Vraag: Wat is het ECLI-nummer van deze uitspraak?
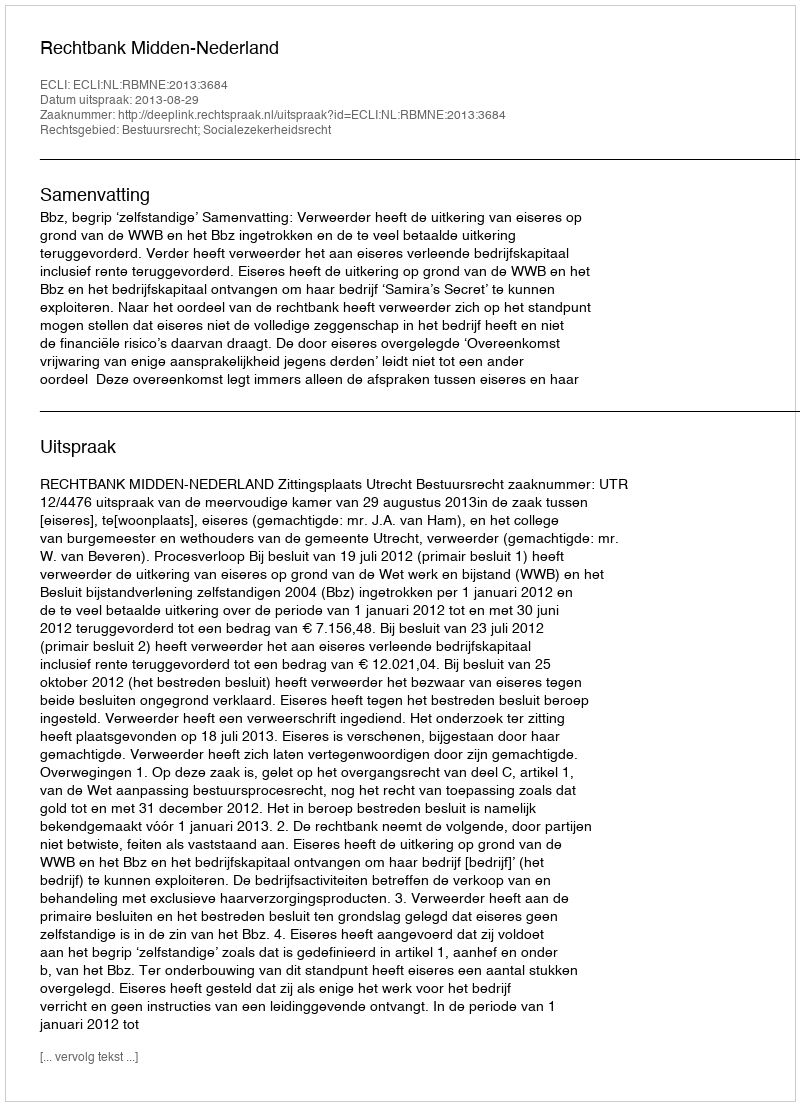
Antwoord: ECLI:NL:RBMNE:2013:3684